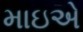
માઇએ